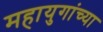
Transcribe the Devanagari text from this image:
महायुगांच्या